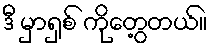
ဒီ မှာရှစ် ကိုတွေ့တယ်။